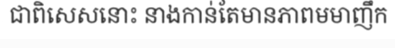
ជាពិសេសនោះ នាងកាន់តែមានភាពមមាញឹក